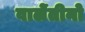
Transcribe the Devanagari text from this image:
वालेंतीनो